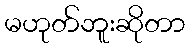
မဟုတ်ဘူးဆိုတာ